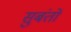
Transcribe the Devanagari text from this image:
सुबंतों